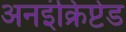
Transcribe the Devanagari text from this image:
अनइंक्रिप्टेड